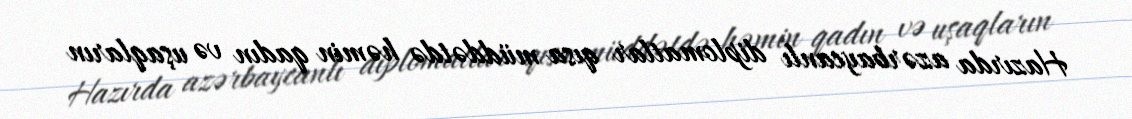
Hazırda azərbaycanlı diplomatlar qısa müddətdə həmin qadın və uşaqların